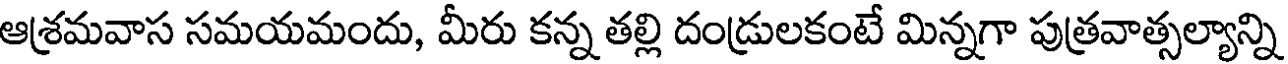
ఆశ్రమవాస సమయమందు, మీరు కన్న తల్లి దండ్రులకంటే మిన్నగా పుత్రవాత్సల్యాన్ని